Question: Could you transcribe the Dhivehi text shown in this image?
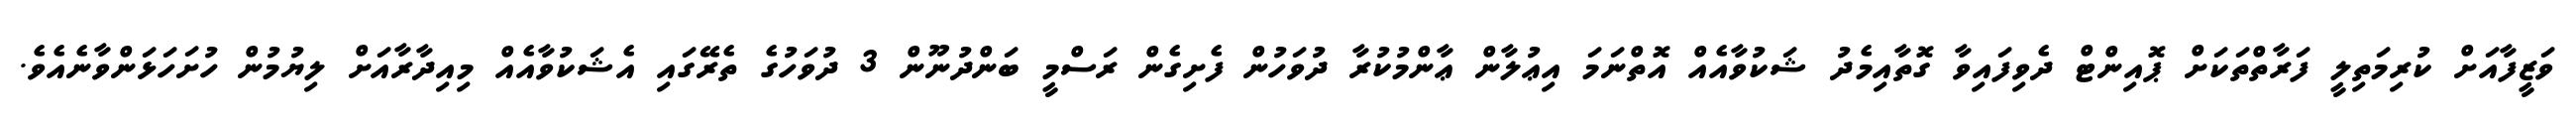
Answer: ވަޒީފާއަށް ކުރިމަތިލީ ފަރާތްތަކަށް ޕޮއިންޓް ދެވިފައިވާ ގޮތާއިމެދު ޝަކުވާއެއް އޮތްނަމަ އިޢުލާން ޢާންމުކުރާ ދުވަހުން ފެށިގެން ރަސްމީ ބަންދުނޫން 3 ދުވަހުގެ ތެރޭގައި އެޝަކުވާއެއް މިއިދާރާއަށް ލިޔުމުން ހުށަހަޅަންވާނެއެވެ.